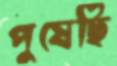
পুষেছি